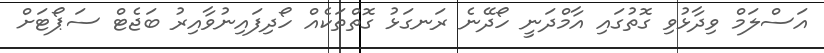
އަސްލަމް ވިދާޅުވި ގޮތުގައި އާމްދަނީ ހޯދޭނެ ރަނގަޅު ގޮތްތަކެއް ހޯދިފައިނުވާއިރު ބަޖެޓް ސަޕޯޓަށް